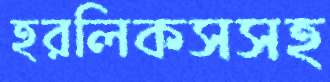
হরলিকসসহ